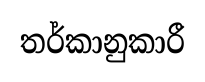
තර්කානුකාරී